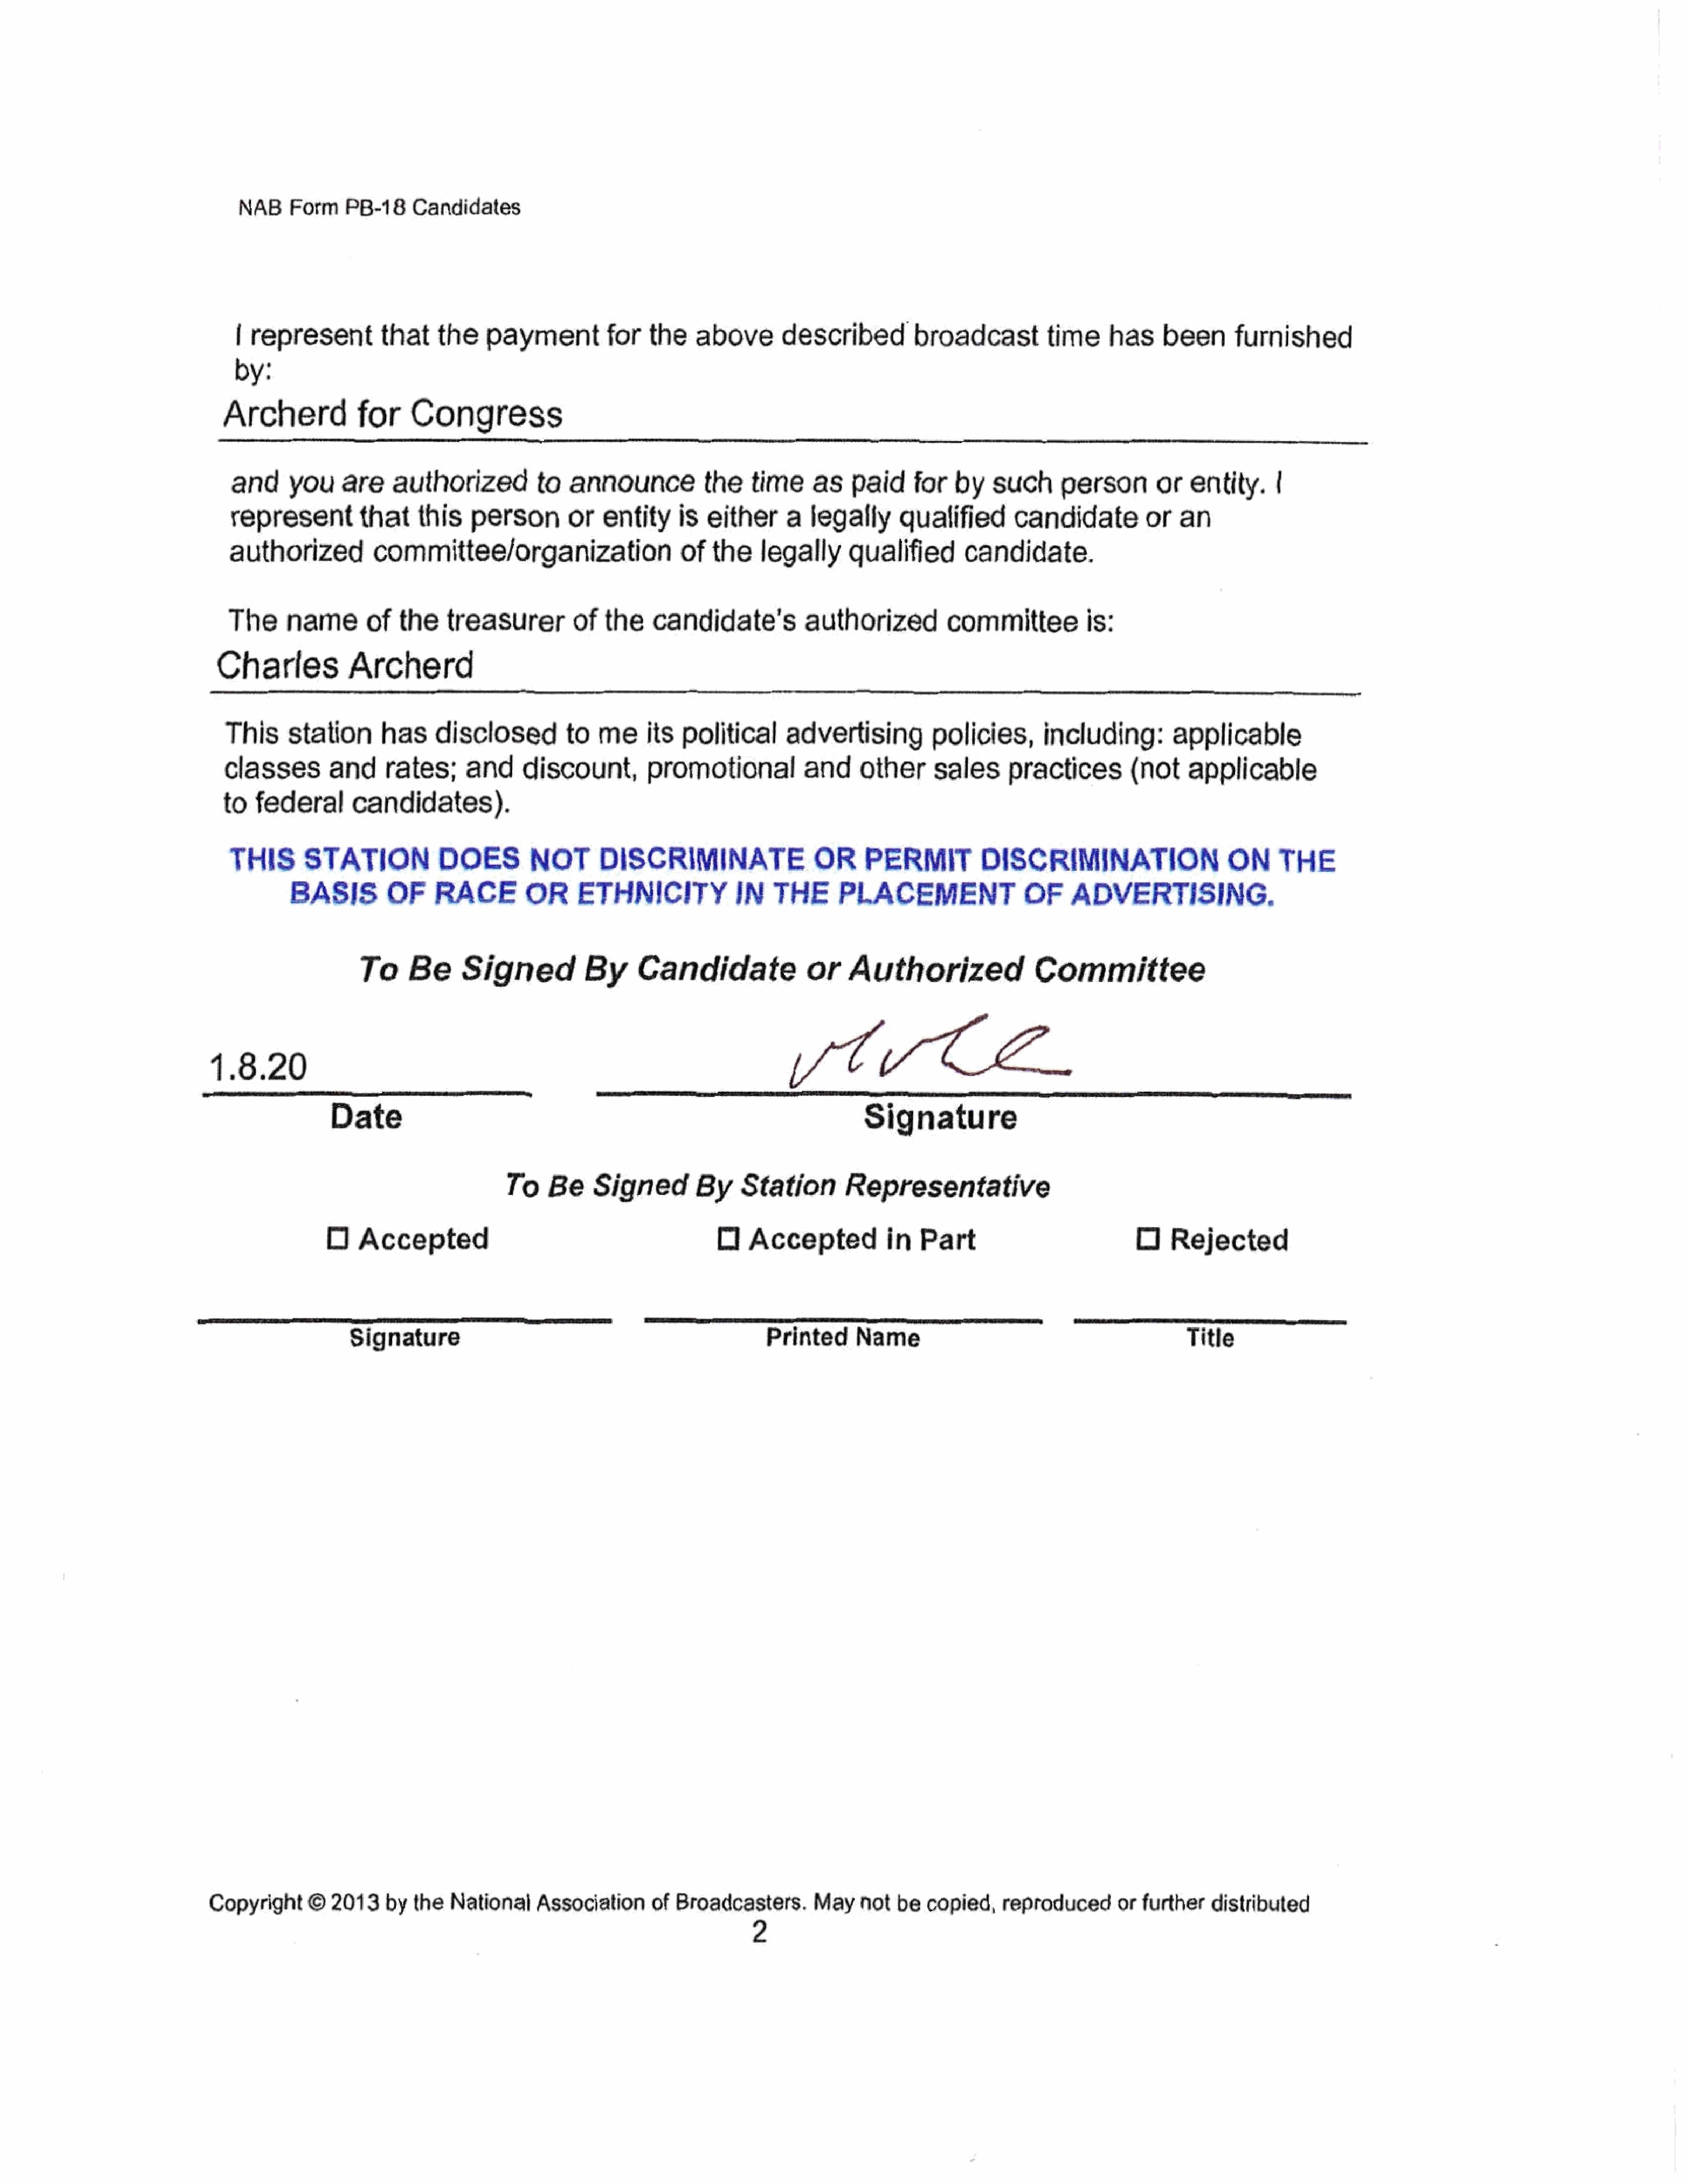
NAB     Form    PB-18    Candidates
 | represent         that     the    payment        for     the   above        described          broadcasttime               has    been      furnished
 by:
 Archerd            for     Congress
 and     you     are    authorized           to  announce            the    time    as    paid     for   by   such      person       or entity.|
 representthat              this   person        or   entity     is  either      a  legally      qualified       candidate          or   an
 authorized          committee/organization                      of   the    legally     qualified        candidate.
 The     nameofthe              treasurer         of   the   candidate's           authorized          committeeis:
 Charles            Archerd
 This     station       has    disclosed          to   me its      political     advertising          policies,       including:         applicable
 classes        and     rates;      and     discount,         promotional           and     othersales           practices         (not    applicable
 to  federal       candidates).
 THIS       STATION            DOES         NOT       DISCRIMINATE                  OR      PERMIT          DISCRIMINATION                     ON      THE
 BASIS        OF     RACE         OR      ETHNICITY             IN    THE      PLACEMENT                 OF     ADVERTISING,
 To     Be      Signed            By     Candidate               or    Authorized                 Committee
 VtCe.
 1.8.20
 Date                                                                         Signature
 To    Be     Signed        By     Station        Representative
 D   Accepted                                            O   Acceptedin               Part                          O    Rejected
 Signature                                                   Printed     Name                                            Title
 Copyright     ©  2013    by  the  National     Association     of  Broadcasters.      May    not  be   copied,   reproducedorfurtherdistributed